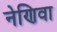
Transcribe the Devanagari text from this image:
नेणिवा